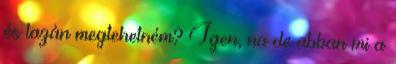
és lazán megtehetném? Igen, na de abban mi a